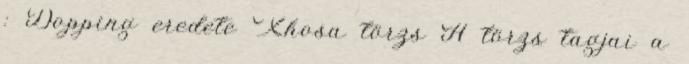
: Dopping eredete Xhosa törzs A törzs tagjai a